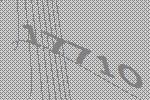
17710